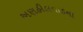
અણહીલવાડના